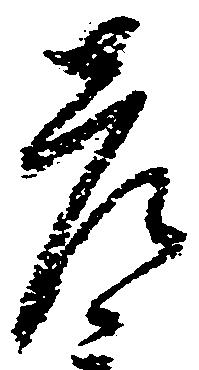
彦